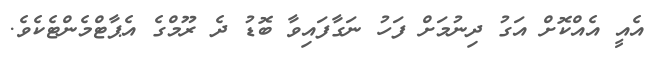
އެއީ އެއްކޮށް އަގު ދިނުމަށް ފަހު ނަގާފައިވާ ބޮޑު ދެ ރޫމްގެ އެޕާޓްމެންޓެކެވެ.